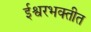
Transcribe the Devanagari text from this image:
ईश्वरभक्तीत